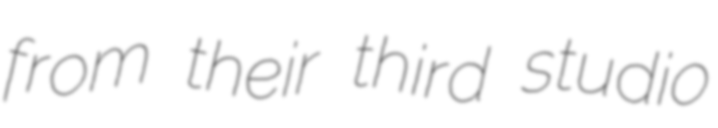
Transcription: from their third studio